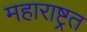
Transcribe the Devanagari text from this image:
महाराष्ट्रत